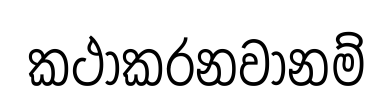
කථාකරනවානම්